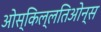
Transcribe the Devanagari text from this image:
ओस्किल्लतिओन्स